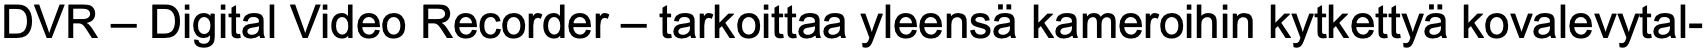
DVR – Digital Video Recorder – tarkoittaa yleensä kameroihin kytkettyä kovalevytal-